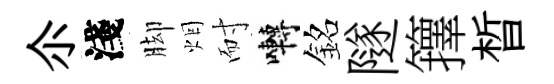
尒淺脚烟耐囀銘隧籜晳